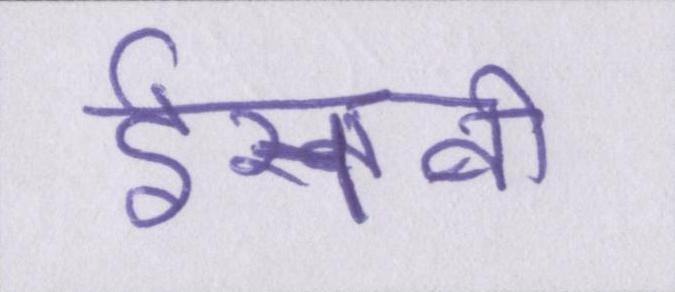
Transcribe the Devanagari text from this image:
ईसवी